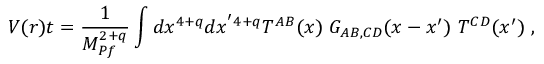
V ( r ) t = { \frac { 1 } { M _ { P f } ^ { 2 + q } } } \int d x ^ { 4 + q } d x ^ { ' 4 + q } T ^ { A B } ( x ) ~ G _ { A B , C D } ( x - x ^ { \prime } ) ~ T ^ { C D } ( x ^ { \prime } ) ~ ,